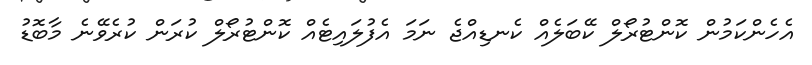
އެހެންކަމުން ކޮންޓުރޯލް ކޭބަލެއް ކެނޑިއްޖެ ނަމަ އެފުލައިޓެއް ކޮންޓުރޯލް ކުރަން ކުރެވޭނެ މާބޮޑު